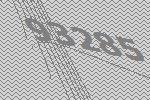
93285